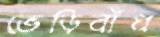
ভেড়িবাঁধ